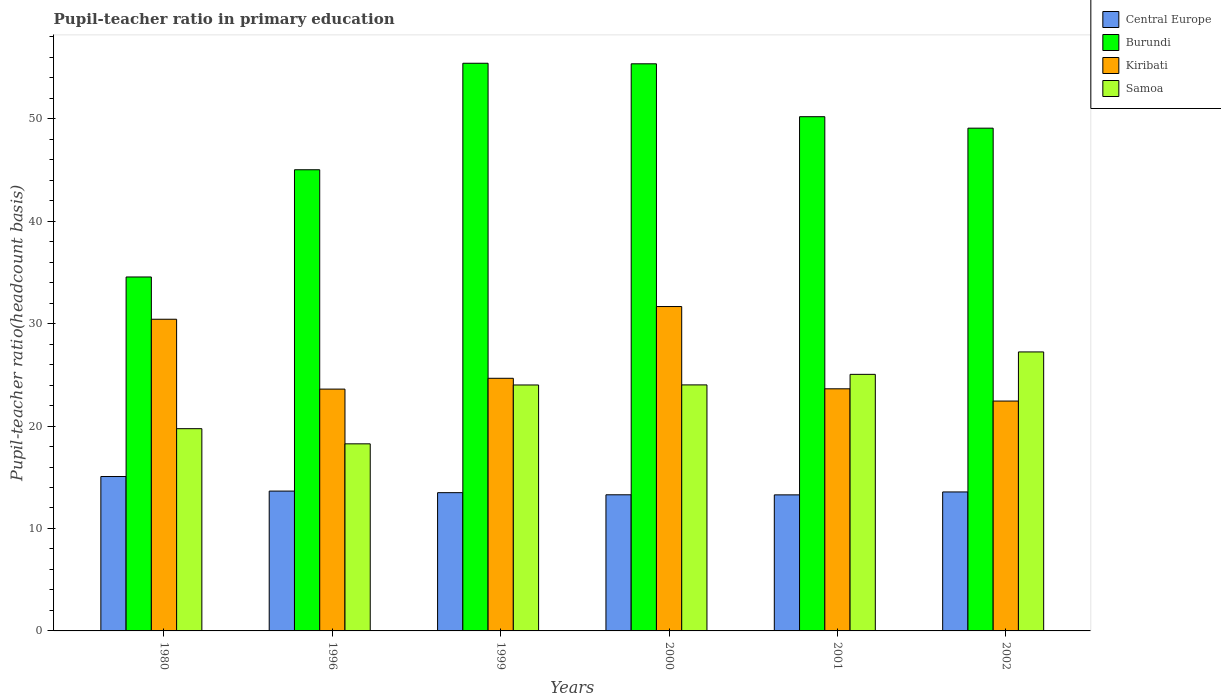
| Years | Central Europe | Burundi | Kiribati | Samoa |
 | --- | --- | --- | --- | --- |
 | 1980 | 15.1 | 34.6 | 30.4 | 19.7 |
 | 1996 | 13.7 | 45 | 23.6 | 18.3 |
 | 1999 | 13.5 | 55.4 | 24.7 | 24 |
 | 2000 | 13.3 | 55.4 | 31.7 | 24 |
 | 2001 | 13.3 | 50.2 | 23.6 | 25 |
 | 2002 | 13.6 | 49.1 | 22.4 | 27.2 |